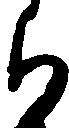
郎